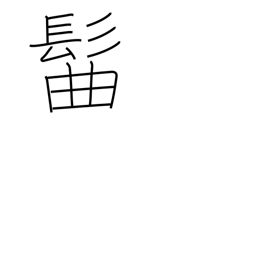
Meaning: topknot